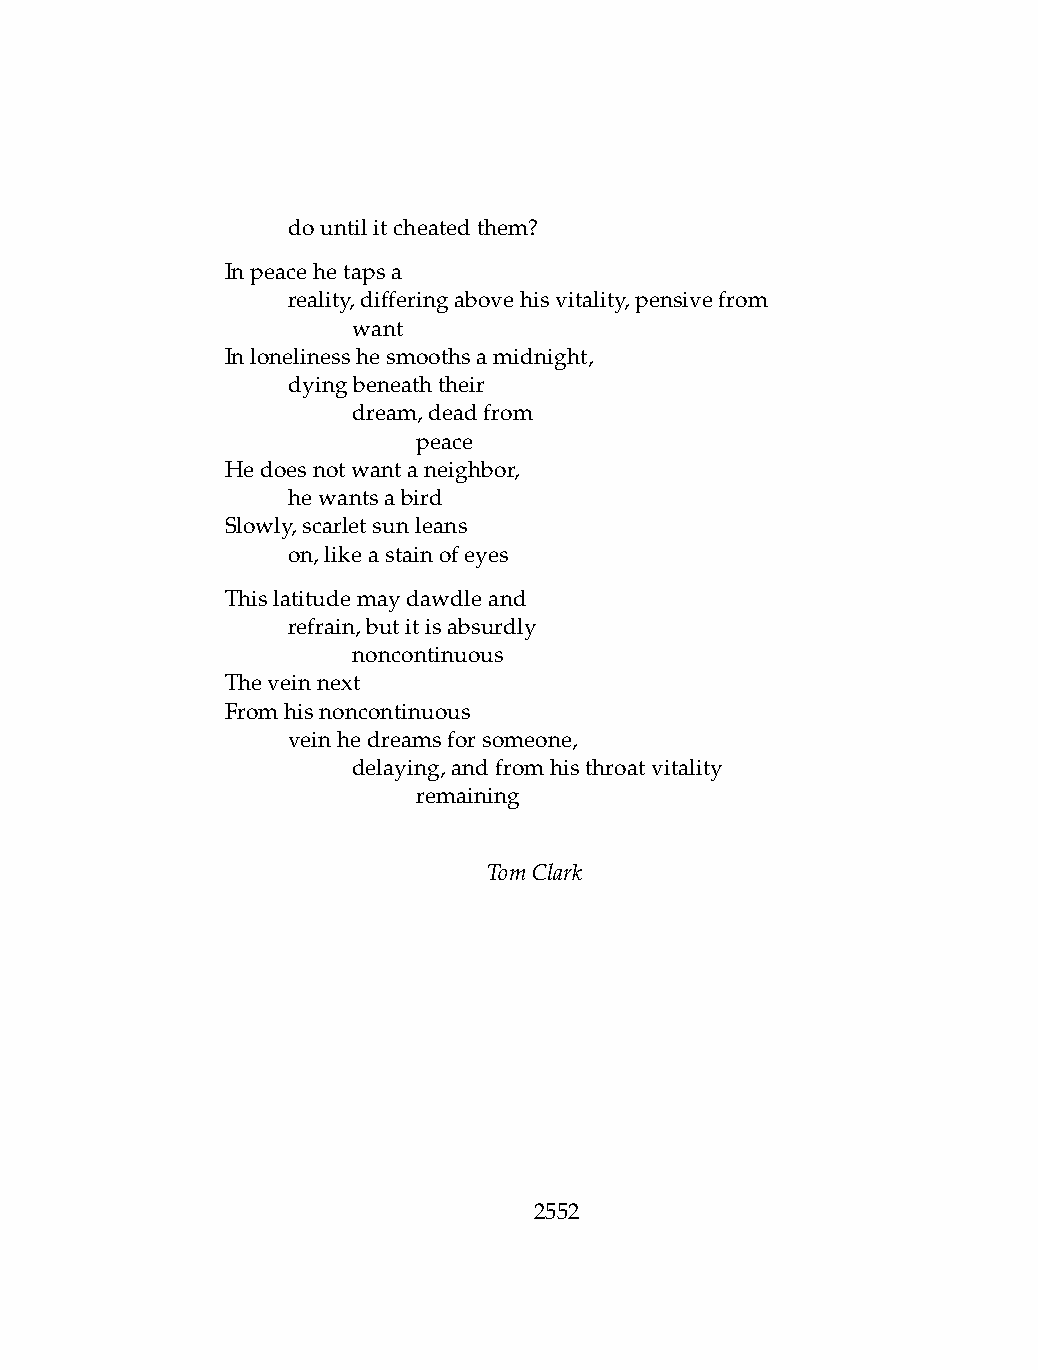
.   dountilitcheatedthem?
 Inpeacehetapsa
 .   reality,differingabovehisvitality,pensivefrom
 .   .   want
 Inlonelinesshesmoothsamidnight,
 .   dyingbeneaththeir
 .   .   dream,deadfrom
 .   .   .    peace
 Hedoesnotwantaneighbor,
 .   hewantsabird
 Slowly,scarletsunleans
 .   on,likeastainofeyes
 Thislatitudemaydawdleand
 .   refrain,butitisabsurdly
 .   .   noncontinuous
 Theveinnext
 Fromhisnoncontinuous
 .   veinhedreamsforsomeone,
 .   .   delaying,andfromhisthroatvitality
 .   .   .    remaining
 TomClark
 2552